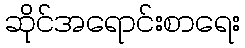
ဆိုင်အရောင်းစာရေး